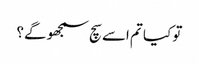
تو کیا تم اسے سچ سمجھو گے؟